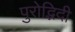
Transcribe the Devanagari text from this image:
पुरोद्भिदी